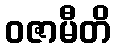
ဝဇာမီတိ